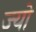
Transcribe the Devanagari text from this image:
ज्‍यो